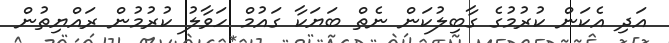
އަދި އެކަން ކުރުމުގެ ގާބިލުކަން ނެތް ބަޔަކާ ގައުމް ހަވާލު ކުރުމުން ރައްޔިތުން